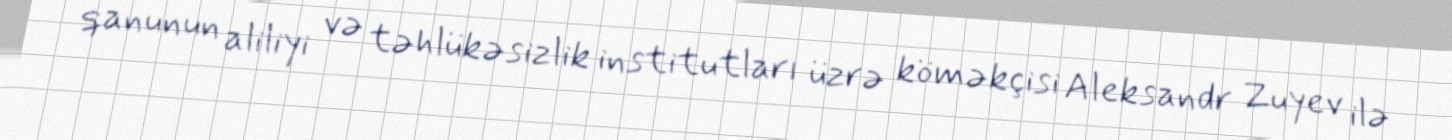
qanunun aliliyi və təhlükəsizlik institutları üzrə köməkçisi Aleksandr Zuyev ilə